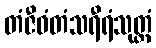
တံဇီဝံတံသရီရံသုတ္တံ